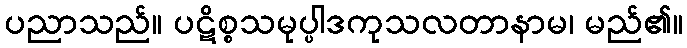
ပညာသည်။ ပဋိစ္စသမုပ္ပါဒကုသလတာနာမ၊ မည်၏။